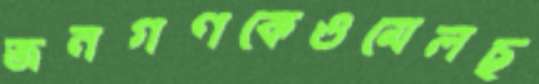
জনগণকেওমেলছ